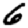
Digit: 6